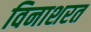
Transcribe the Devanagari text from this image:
विनाशरत